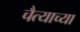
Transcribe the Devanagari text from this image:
चैत्याच्या